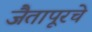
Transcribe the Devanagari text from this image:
जैतापूरचे